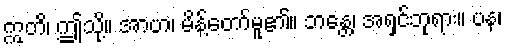
ဣတိ၊ ဤသို့။ အာဟ၊ မိန့်တော်မူ၏။ ဘန္တေ၊ အရှင်ဘုရား။ ပန၊